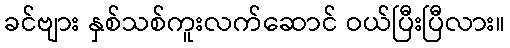
ခင်ဗျား နှစ်သစ်ကူးလက်ဆောင် ဝယ်ပြီးပြီလား။